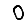
Digit: 0